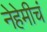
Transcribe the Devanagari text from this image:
नेहेमीचं